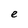
Character: e